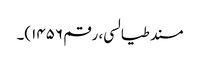
مسند طیالسی، رقم ۱۴۵۶)۔